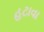
હટાવા